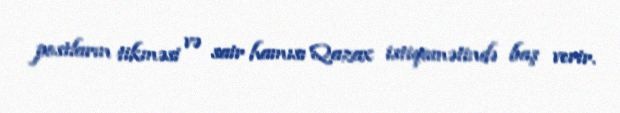
postların tikməsi və sair hamısı Qazax istiqamətində baş verir.